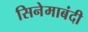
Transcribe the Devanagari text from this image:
सिनेमाबंदी